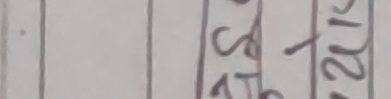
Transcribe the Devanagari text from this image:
स
स्ती
२
१